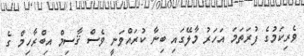
ވެރިކަމުގެ ފުރަތަމަ އަހަރު މާލޭގައި ބިނާ ކުރަައްވަނީ ވެސް ޤާސިމް އިބްރާހިމް ގެ